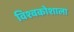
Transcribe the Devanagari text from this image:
विश्वकोशाला